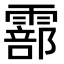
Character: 𩅇